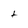
Character: t